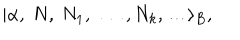
| \alpha , \ N , \ N _ { 1 } , \ \dots , N _ { k } , \dots \rangle _ { B } ,